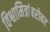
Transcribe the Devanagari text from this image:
विश्वामित्रांबरोबर